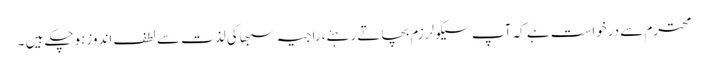
محترم سے درخواست ہے کہ آپ سیکولرزم بچاتے رہئے،راجیہ سبھاکی لذت سے لطف اندوزہوچکے ہیں ۔